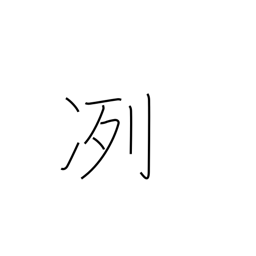
Meaning: cold